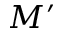
M ^ { \prime }